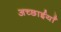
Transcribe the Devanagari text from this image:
अच्छाईयाँ